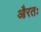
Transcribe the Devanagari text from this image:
औरतः